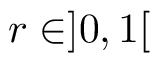
r \in ] 0 , 1 [